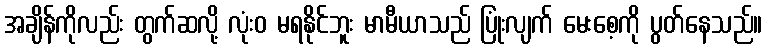
အချိန်ကိုလည်း တွက်ဆလို့ လုံးဝ မရနိုင်ဘူး မာမီယာသည် ပြုံးလျက် မေးစေ့ကို ပွတ်နေသည်။